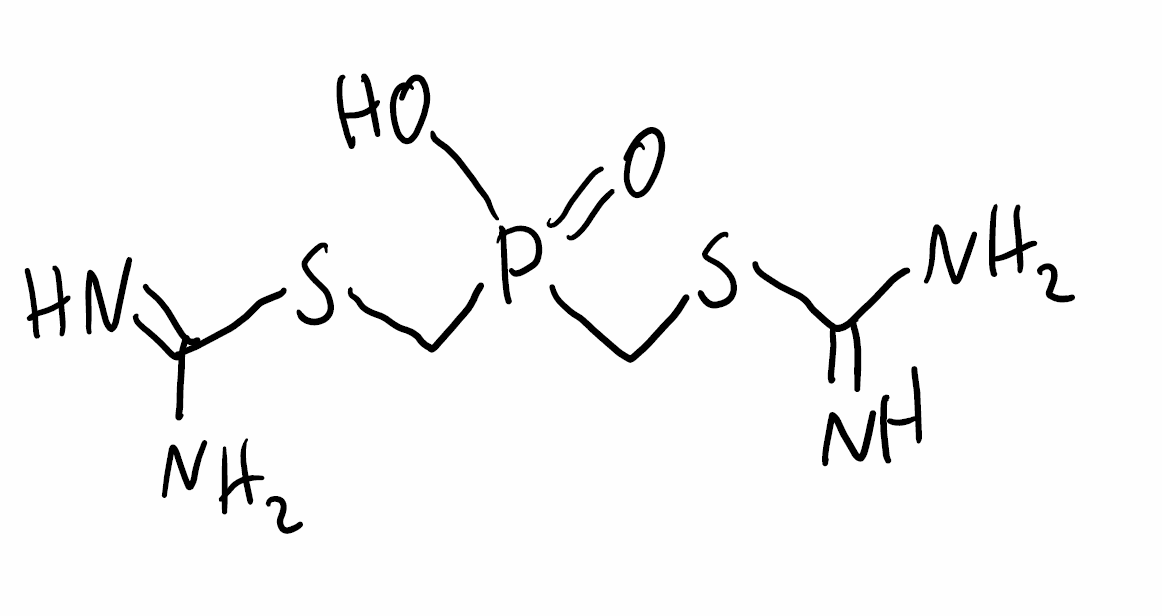
Simplified molecular-input line-entry system (SMILES) notation of the given molecule:
C(P(=O)(CSC(=N)N)O)SC(=N)N